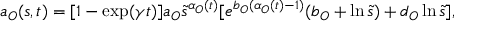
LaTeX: a _ { O } ( s , t ) = [ 1 - \exp ( \gamma t ) ] a _ { O } \tilde { s } ^ { \alpha _ { O } ( t ) } [ e ^ { b _ { O } ( \alpha _ { O } ( t ) - 1 ) } ( b _ { O } + \ln \tilde { s } ) + d _ { O } \ln \tilde { s } ] ,